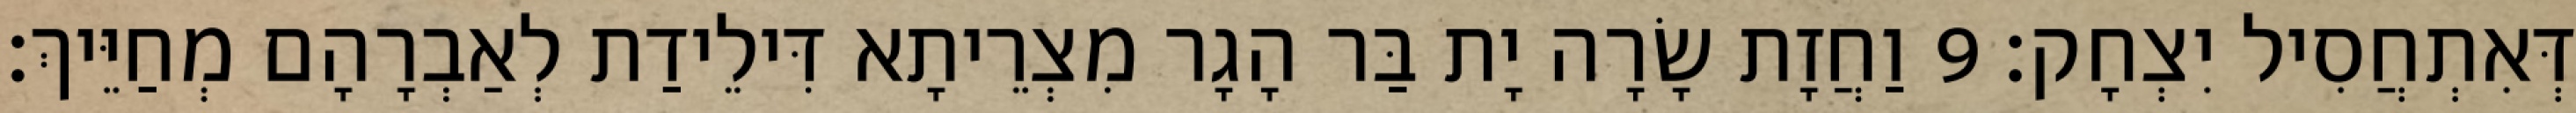
דְּאִתְחֲסִיל יִצְחָק׃ 9 וַחֲזָת שָׂרָה יָת בַּר הָגָר מִצְרֵיתָא דִּילֵידַת לְאַבְרָהָם מְחַיֵּיךְ׃